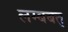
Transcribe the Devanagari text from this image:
लम्बबत्